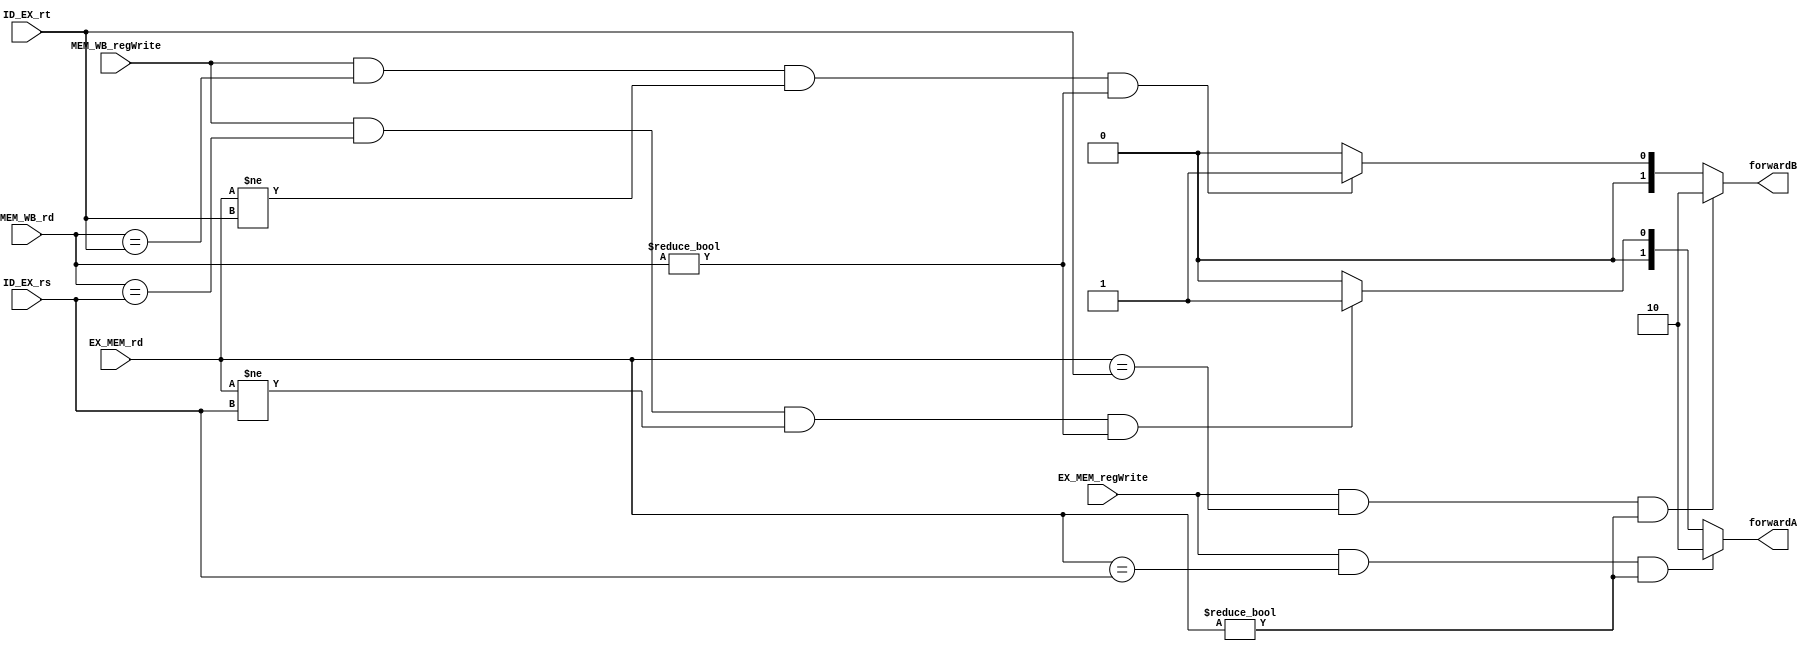
// Forwarding Unit
module forward
(
    EX_MEM_rd,
    MEM_WB_rd,
    ID_EX_rs,
    ID_EX_rt,
    EX_MEM_regWrite,
    MEM_WB_regWrite,
    forwardA,
    forwardB
);

    // Each register is 5 bits wide
    parameter n = 5;

    input [n-1:0] EX_MEM_rd, MEM_WB_rd, ID_EX_rs, ID_EX_rt;
    input EX_MEM_regWrite, MEM_WB_regWrite;

    // This outputs to a 3:1 mux so need 2 bits
    output reg [1:0] forwardA, forwardB;

    always @(*)
    begin
        if((EX_MEM_regWrite == 1'b1) && (EX_MEM_rd == ID_EX_rs) && (EX_MEM_rd != 5'd0))
        begin
            forwardA = 2'b10;
        end
        else if((MEM_WB_regWrite == 1'b1) && (MEM_WB_rd == ID_EX_rs) && (EX_MEM_rd != ID_EX_rs) && (MEM_WB_rd != 5'd0))
        begin
            forwardA = 2'b01;
        end
        else
        begin
            forwardA = 2'b00;
        end

        if((EX_MEM_regWrite == 1'b1) && (EX_MEM_rd == ID_EX_rt) && (EX_MEM_rd != 5'd0))
        begin
            forwardB = 2'b10;
        end
        else if((MEM_WB_regWrite == 1'b1) && (MEM_WB_rd == ID_EX_rt) && (EX_MEM_rd != ID_EX_rt) && (MEM_WB_rd != 5'd0))
        begin
            forwardB = 2'b01;
        end
        else
        begin
            forwardB = 2'b00;
        end
    end

endmodule